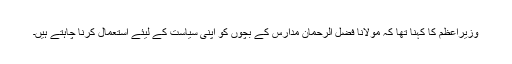
وزیراعظم کا کہنا تھا کہ مولانا فضل الرحمان مدارس کے بچوں کو اپنی سیاست کے لیئے استعمال کرنا چاہتے ہیں۔